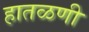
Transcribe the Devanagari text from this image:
हातळणी